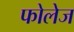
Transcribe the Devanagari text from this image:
फोलेज